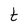
Character: t